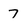
Character: 7